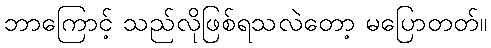
ဘာကြောင့် သည်လိုဖြစ်ရသလဲတော့ မပြောတတ်။